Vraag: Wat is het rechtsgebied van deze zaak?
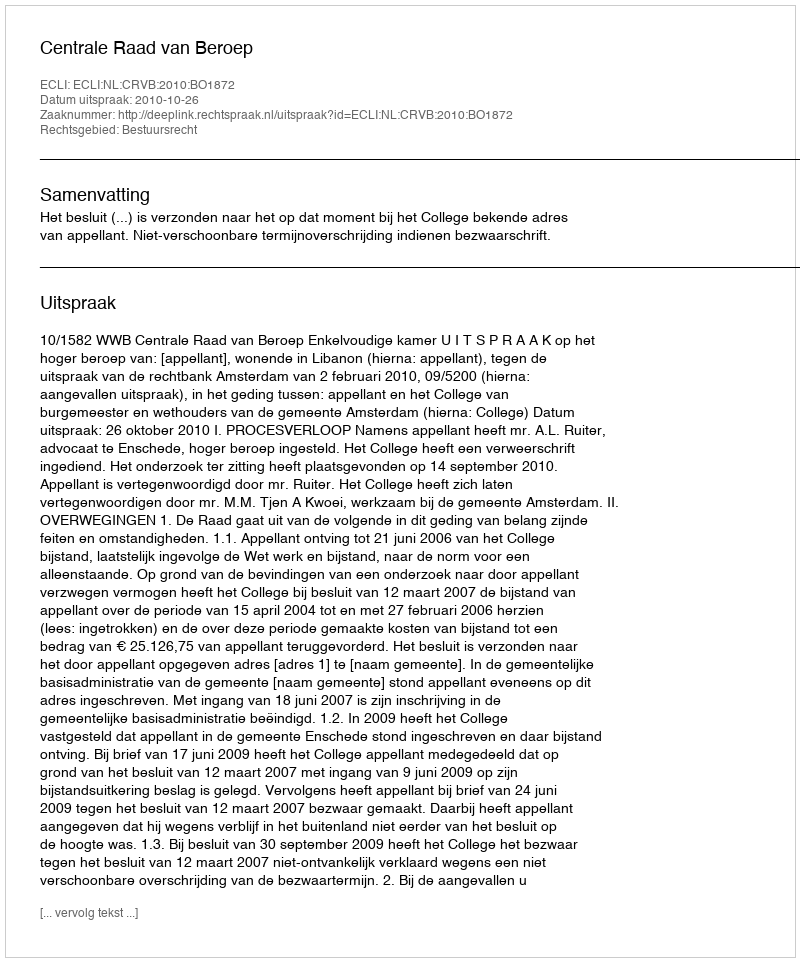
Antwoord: Bestuursrecht